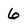
Character: 6